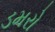
ડમરો